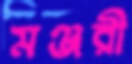
মঞ্জরী